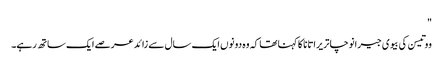
"
ووتیسن کی بیوی جیرانوچا تریراتانا کا کہنا تھا کہ وہ دونوں ایک سال سے زائد عرصے ایک ساتھ رہے۔